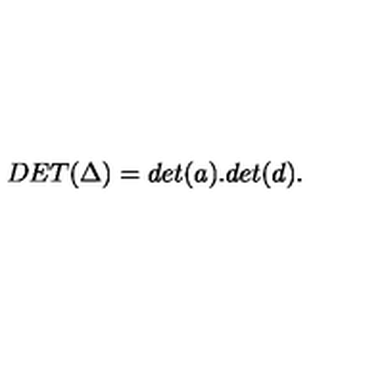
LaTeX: D E T ( \Delta ) = d e t ( a ) . d e t ( d ) .